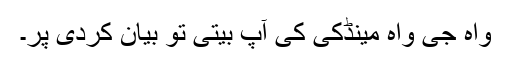
واہ جی واہ مینڈکی کی آپ بیتی تو بیان کردی پر۔